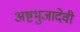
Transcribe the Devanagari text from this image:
अष्टभुजादेवी